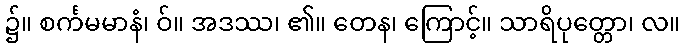
၌။ စင်္ကမမာနံ၊ ဝ်။ အဒဿ၊ ၏။ တေန၊ ကြောင့်။ သာရိပုတ္တော၊ လ။